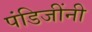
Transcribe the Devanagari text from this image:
पंडिजींनी